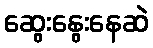
ဆွေးနွေးနေဆဲ